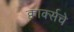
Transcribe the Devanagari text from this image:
क्वार्क्सचे